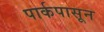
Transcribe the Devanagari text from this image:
पार्कपासून